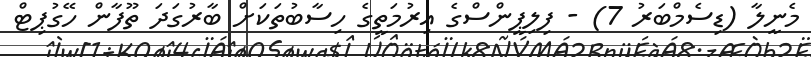
މެނީލާ (ޑިސެމްބަރު 7) - ފިލިޕީންސްގެ އިރުމަތީގެ ހިސާބުތަކަށް ބާރުގަދަ ތޫފާން ހޭގުޕިޓް